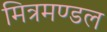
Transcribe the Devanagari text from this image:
मित्रमण्डल